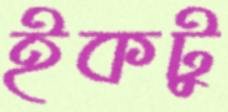
ইকটু